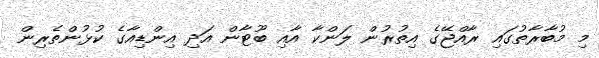
މި މުބާރާތުގައި ރާއްޖޭގެ އިތުރުން ލަންކާ އާއި ބޫޓާން އަދި އިންޑިއާގެ ކުޅުންތެރިން